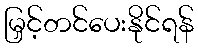
မြှင့်တင်ပေးနိုင်ရန်